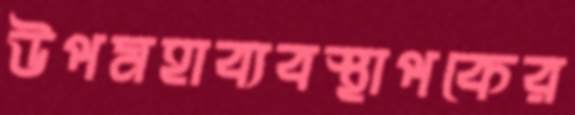
উপমহাব্যবস্থাপকের